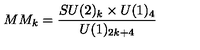
M M _ { k } = \frac { S U ( 2 ) _ { k } \times U ( 1 ) _ { 4 } } { U ( 1 ) _ { 2 k + 4 } }